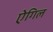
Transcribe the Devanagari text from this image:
ऐगिल